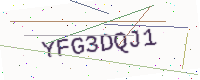
Text: YFG3DQJ1